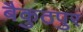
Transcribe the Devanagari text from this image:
बैकुठपुर